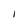
Character: I